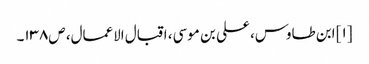
[۱] ابن طاوس، علی بن موسی، اقبال الاعمال، ص۱۳۸۔